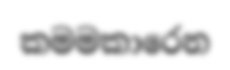
කමමකාරෙන